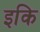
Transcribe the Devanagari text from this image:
इकि